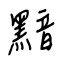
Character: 黯